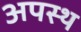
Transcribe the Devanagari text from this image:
अपस्थ